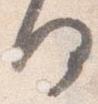
何